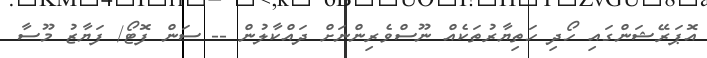
އޮޕަރޭޝަންގައި ހޯދި ހަތިޔާރުތަކެއް ނޫސްވެރިންނަށް ދައްކާލުން -- ސަން ފޮޓޯ/ ފަޔާޒު މޫސާ